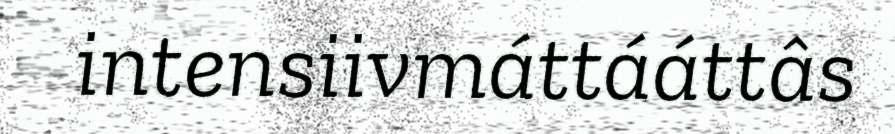
intensiivmáttááttâs